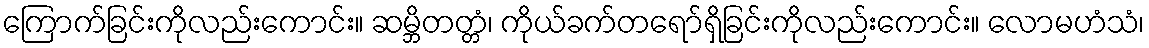
ကြောက်ခြင်းကိုလည်းကောင်း။ ဆမ္ဘိတတ္တံ၊ ကိုယ်ခက်တရော်ရှိခြင်းကိုလည်းကောင်း။ လောမဟံသံ၊